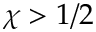
\chi > 1 / 2